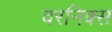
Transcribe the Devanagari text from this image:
वरनिक्स